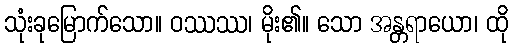
သုံးခုမြောက်သော။ ဝဿဿ၊ မိုး၏။ သော အန္တရာယော၊ ထို